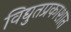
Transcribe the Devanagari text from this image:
विद्युतप्रकाशात